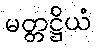
မတ္တဋ္ဌိယံ